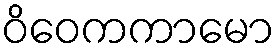
ဝိဝေကကာမော